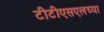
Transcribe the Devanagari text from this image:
टीटीएसएलच्या